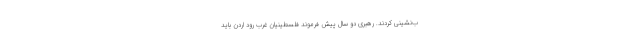
ب‌نشینی کردند. رهبری دو سال پیش فرموند فلسطینیان غرب رود اردن باید